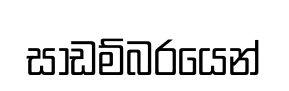
සාඩම්බරයෙන්